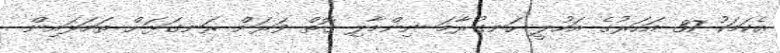
އެކަމަކު 37 އަހަރުގެ އަހުލީ ހަނގުރާމަ ނިންމާލި ގޮތް ވަރަށް ރަނގަޅަށް ތަމަޅައިން